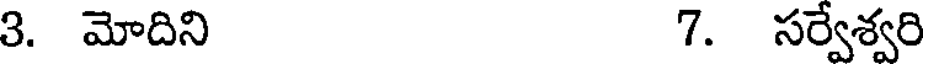
3. మోదిని 7. సర్వేశ్వరి